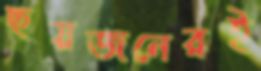
ছয়জনেরই